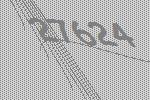
27624